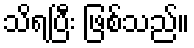
သိရပြီး ဖြစ်သည်။